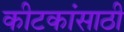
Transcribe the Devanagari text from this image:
कीटकांसाठी